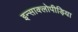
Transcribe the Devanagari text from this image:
इन्साक्लोपीड़िया